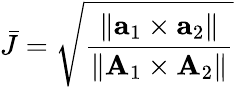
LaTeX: \bar{J}=\sqrt{\frac{\| {\mathbf{a}}_{1}\times{\mathbf{a}}_{2}\| }{\| {\mathbf{A}}_{1}\times{\mathbf{A}}_{2}\| }}